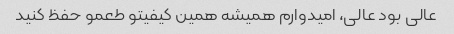
عالی بود عالی، امیدوارم همیشه همین کیفیتو طعمو حفظ کنید